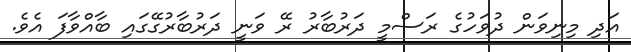
އަދި މިނިވަން ދުވަހުގެ ރަސްމީ ދަރުބާރު ރޭ ވަނީ ދަރުބާރުގޭގައި ބާއްވާފަ އެވެ.